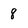
Character: 8